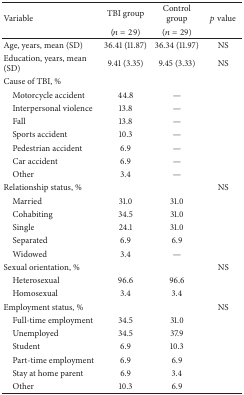
| <ROWSPAN=2> Variable | TBI group | Control group | <ROWSPAN=2> p value |
 | (n = 29) | (n = 29) |
 | --- | --- | --- | --- |
 | Age, years, mean (SD) | 36.41 (11.87) | 36.34 (11.97) | NS |
 | Education, years, mean (SD) | 9.41 (3.35) | 9.45 (3.33) | NS |
 | Cause of TBI, % |  |  |  |
 | Motorcycle accident | 44.8 | — |  |
 | Interpersonal violence | 13.8 | — |  |
 | Fall | 13.8 | — |  |
 | Sports accident | 10.3 | — |  |
 | Pedestrian accident | 6.9 | — |  |
 | Car accident | 6.9 | — |  |
 | Other | 3.4 | — |  |
 | Relationship status, % |  |  | NS |
 | Married | 31.0 | 31.0 |  |
 | Cohabiting | 34.5 | 31.0 |  |
 | Single | 24.1 | 31.0 |  |
 | Separated | 6.9 | 6.9 |  |
 | Widowed | 3.4 | — |  |
 | Sexual orientation, % |  |  | NS |
 | Heterosexual | 96.6 | 96.6 |  |
 | Homosexual | 3.4 | 3.4 |  |
 | Employment status, % |  |  | NS |
 | Full-time employment | 34.5 | 31.0 |  |
 | Unemployed | 34.5 | 37.9 |  |
 | Student | 6.9 | 10.3 |  |
 | Part-time employment | 6.9 | 6.9 |  |
 | Stay at home parent | 6.9 | 3.4 |  |
 | Other | 10.3 | 6.9 |  |